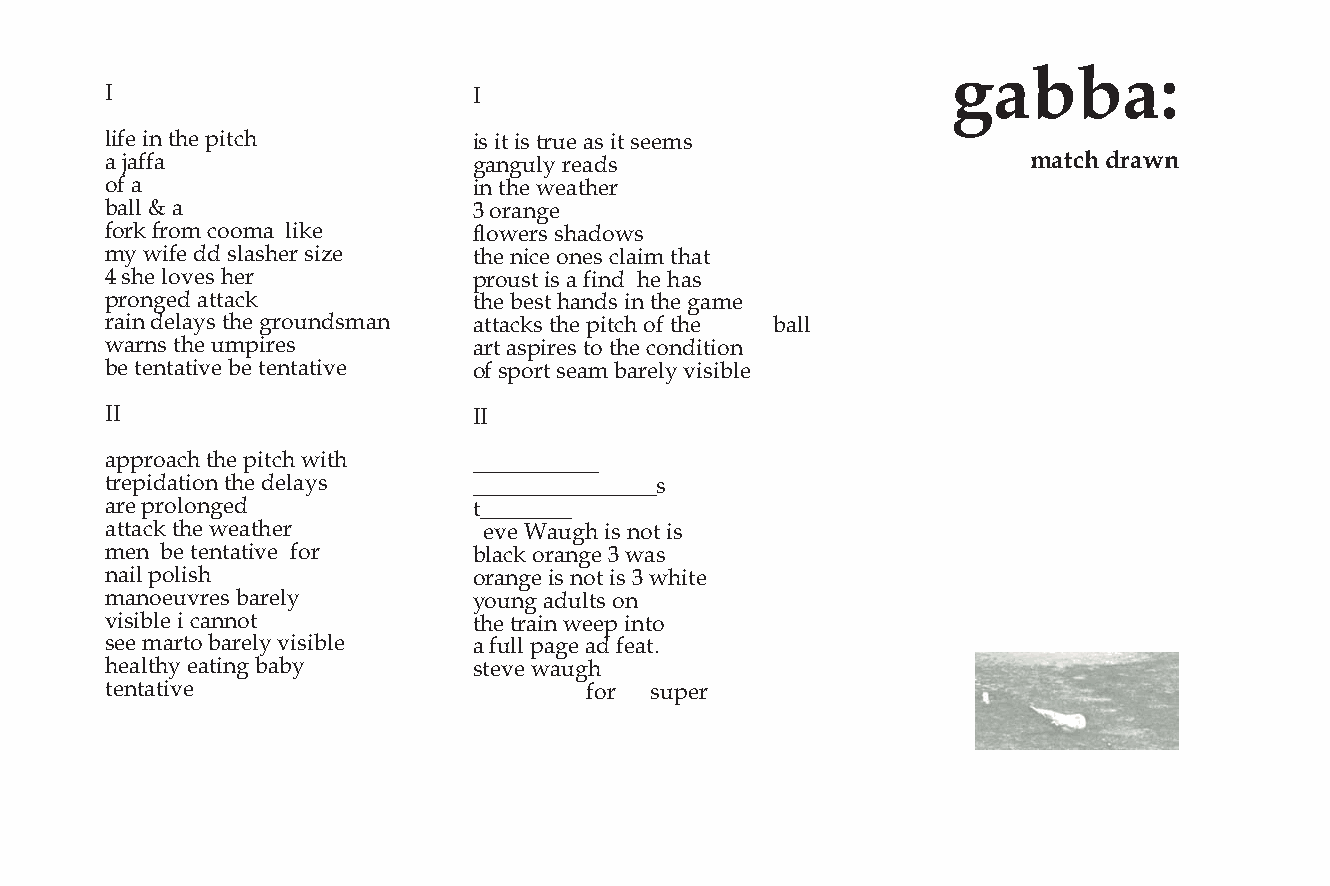
!"##"$
 !                       !
 "#$%&#’&()%&*#(+)       #7&#(&#7&(1<%&,7&#(&7%%37
 ,&-,$$,                 ;,’;<"4&1%,67                        %"&’()*+",-
 .$&,                    #’&()%&5%,()%1
 /,""&0&,                =&.1,’;%
 $.12&$1.3&+..3,&&"#2%   $".5%17&7),6.57
 34&5#$%&66&7",7)%1&7#8% ()%&’#+%&.’%7&+",#3&(),(
 9&7)%&".:%7&)%1         *1.<7(&#7&,&$#’6&&)%&),7
 *1.’;%6&,((,+2          ()%&/%7(&),’67&#’&()%&;,3%
 1,#’&6%",47&()%&;1.<’673,’ ,((,+27&()%&*#(+)&.$&()%&& /,""
 5,1’7&()%&<3*#1%7       ,1(&,7*#1%7&(.&()%&+.’6#(#.’
 /%&(%’(,(#:%&/%&(%’(,(#:% .$&7*.1(&7%,3&/,1%"4&:#7#/"%
 !!                      !!
 ,**1.,+)&()%&*#(+)&5#() >>>>>>>>>>>
 (1%*#6,(#.’&()%&6%",47  >>>>>>>>>>>>>>>>7
 ,1%&*1.".’;%6           (>>>>>>>>
 ,((,+2&()%&5%,()%1      &&%:%&?,<;)&#7&’.(&#7
 3%’&&/%&(%’(,(#:%&&$.1  /",+2&.1,’;%&=&5,7
 ’,#"&*."#7)             .1,’;%&#7&’.(&#7&=&5)#(%
 3,’.%<:1%7&/,1%"4       4.<’;&,6<"(7&.’
 :#7#/"%&#&+,’’.(        ()%&(1,#’&5%%*&#’(.
 7%%&3,1(.&/,1%"4&:#7#/"% ,&$<""&*,;%&,6&$%,(@
 )%,"()4&%,(#’;&/,/4     7(%:%&5,<;)
 (%’(,(#:%               &&&&&&&&&&&&&&&&&&&&$.1&&&&&&7<*%1